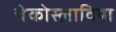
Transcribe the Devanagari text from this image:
चेकोस्लाविया